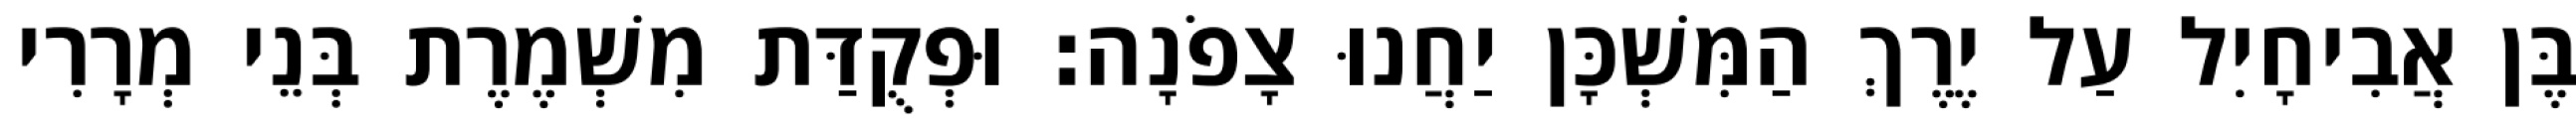
בֶּן אֲבִיחָיִל עַל יֶרֶךְ הַמִּשְׁכָּן יַחֲנוּ צָפֹנָה׃ וּפְקֻדַּת מִשְׁמֶרֶת בְּנֵי מְרָרִי